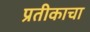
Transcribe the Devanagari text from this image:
प्रतीकाचा